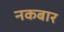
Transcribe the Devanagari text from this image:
नकबार